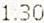
1.30